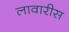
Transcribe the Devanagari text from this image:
लावारीस